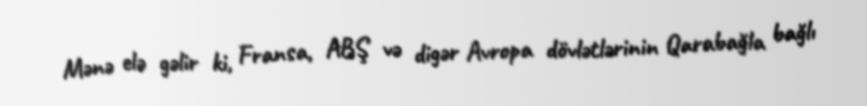
Mənə elə gəlir ki, Fransa, ABŞ və digər Avropa dövlətlərinin Qarabağla bağlı